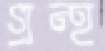
গ্রন্হ